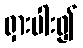
ရှားပါး၍